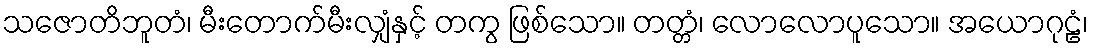
သဇောတိဘူတံ၊ မီးတောက်မီးလျှံနှင့် တကွ ဖြစ်သော။ တတ္တံ၊ လောလောပူသော။ အယောဂုဠံ၊